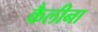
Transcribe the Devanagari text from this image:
कैलीना